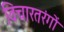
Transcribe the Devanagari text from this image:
विचारतरंगों